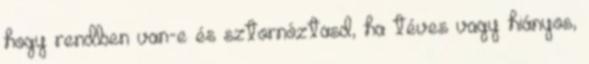
hogy rendben van-e és sztornóztasd, ha téves vagy hiányos,